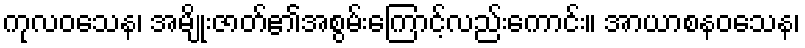
ကုလဝသေန၊ အမျိုးဇာတ်၏အစွမ်းကြောင့်လည်းကောင်း။ အာယာစနဝသေန၊